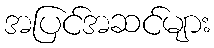
အပြင်အဆင်များ